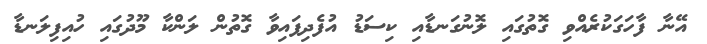
އޭނާ ފާހަގަކުރެއްވި ގޮތުގައި ލޮނުގަނޑާއި ކިސަޑު އުފެދިފައިވާ ގޮތުން ލަންކާ މޫދުގައި ހުއިފިލަނޑާ